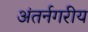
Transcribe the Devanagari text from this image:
अंतर्नगरीय